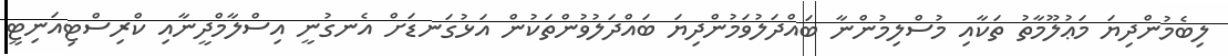
ލިބެމުންދިޔަ މަޢުލޫމާތު ތަކާއި މުސްލިމުންނާ ބައްދަލުވަމުންދިޔަ ބައްދަލުވުންތަކުން އަޅުގަނޑަށް އެނގުނީ އިސްލާމްދީނާއި ކްރިސްޓިއަނިޓީ